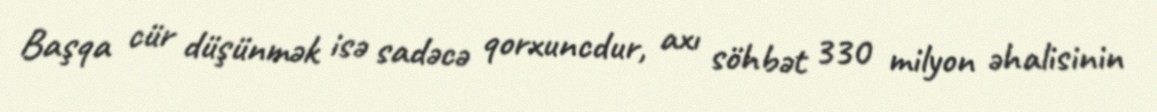
Başqa cür düşünmək isə sadəcə qorxuncdur, axı söhbət 330 milyon əhalisinin